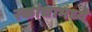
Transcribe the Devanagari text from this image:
स्कांधामध्ये